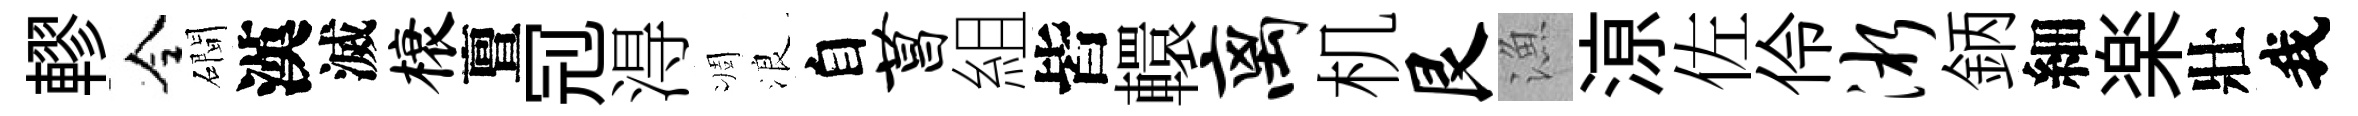
轇令磵漢滅榱亶𠜍淂凋浪自菖組皆轘离机艮漁鿌佐伶淅鈵細楽壯我